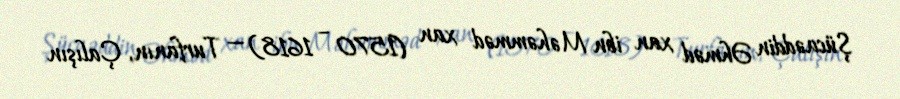
Şücaəddin Əhməd xan ibn Məhəmməd xan (1570 – 1618) — Turfanın, Çalışın